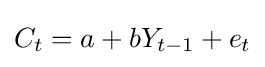
C_{t}=a+bY_{t-1}+e_{t}